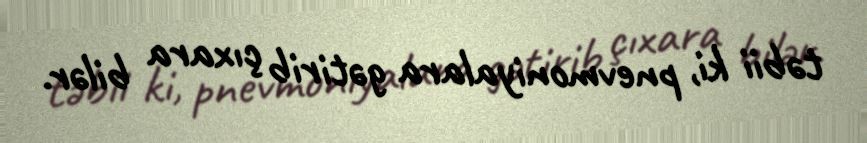
təbii ki, pnevmoniyalara gətirib çıxara bilər.